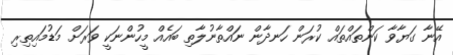
އޭނާ ގަޔާވާ ކަންތައްތައް ކުރަން ހަނދާން ނައްތާނުލާތި ބައެއް މީހުންނަކީ ވަރަށް މަޑުމައިތިރި